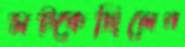
সট্‌কেছিলেন